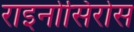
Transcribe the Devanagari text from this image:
राइनोसिरोस